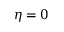
\eta = 0